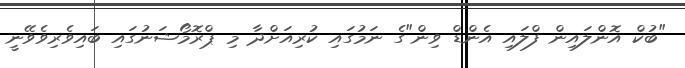
"ބުކް އޮންލައިން ފްލައި އެންޑް ވިން"ގެ ނަމުގައި ކުރިއަށްދާ މި ޕްރޮމޯޝަނުގައި ބައިވެރިވެވޭނީ